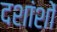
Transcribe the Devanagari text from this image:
दशांशों